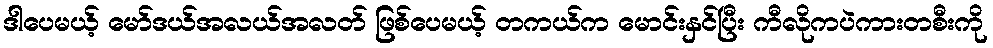
ဒါပေမယ့် မော်ဒယ်အလယ်အလတ် ဖြစ်ပေမယ့် တကယ်က မောင်းနှင်ပြီး ကီလိုကပဲကားတစီးကို